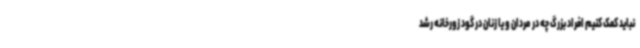
نباید کمک کنیم افراد بزرگ چه در مردان و یا زنان در گود زورخانه رشد